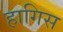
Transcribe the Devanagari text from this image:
हागिस